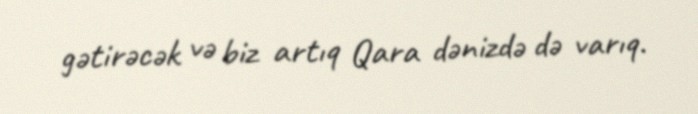
gətirəcək və biz artıq Qara dənizdə də varıq.